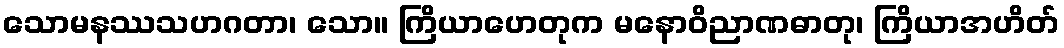
သောမနဿသဟဂတာ၊ သော။ ကြိယာဟေတုက မနောဝိညာဏဓာတု၊ ကြိယာအဟိတ်